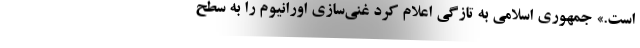
است.» جمهوری اسلامی به تازگی اعلام کرد غنی‌سازی اورانیوم را به سطح